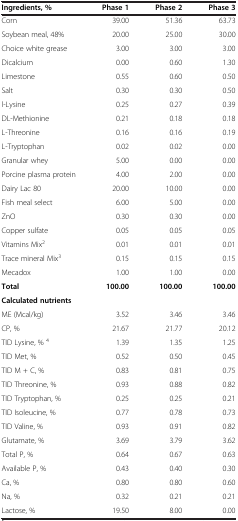
<table><thead><tr><td><b>Ingredients, %</b></td><td><b>Phase 1</b></td><td><b>Phase 2</b></td><td><b>Phase 3</b></td></tr></thead><tbody><tr><td>Corn</td><td>39.00</td><td>51.36</td><td>63.73</td></tr><tr><td>Soybean meal, 48%</td><td>20.00</td><td>25.00</td><td>30.00</td></tr><tr><td>Choice white grease</td><td>3.00</td><td>3.00</td><td>3.00</td></tr><tr><td>Dicalcium</td><td>0.00</td><td>0.60</td><td>1.30</td></tr><tr><td>Limestone</td><td>0.55</td><td>0.60</td><td>0.50</td></tr><tr><td>Salt</td><td>0.30</td><td>0.30</td><td>0.50</td></tr><tr><td>l-Lysine</td><td>0.25</td><td>0.27</td><td>0.39</td></tr><tr><td>DL-Methionine</td><td>0.21</td><td>0.18</td><td>0.18</td></tr><tr><td>L-Threonine</td><td>0.16</td><td>0.16</td><td>0.19</td></tr><tr><td>L-Tryptophan</td><td>0.02</td><td>0.02</td><td>0.00</td></tr><tr><td>Granular whey</td><td>5.00</td><td>0.00</td><td>0.00</td></tr><tr><td>Porcine plasma protein</td><td>4.00</td><td>2.00</td><td>0.00</td></tr><tr><td>Dairy Lac 80</td><td>20.00</td><td>10.00</td><td>0.00</td></tr><tr><td>Fish meal select</td><td>6.00</td><td>5.00</td><td>0.00</td></tr><tr><td>ZnO</td><td>0.30</td><td>0.30</td><td>0.00</td></tr><tr><td>Copper sulfate</td><td>0.05</td><td>0.05</td><td>0.05</td></tr><tr><td>Vitamins Mix<sup>2</sup></td><td>0.01</td><td>0.01</td><td>0.01</td></tr><tr><td>Trace mineral Mix<sup>3</sup></td><td>0.15</td><td>0.15</td><td>0.15</td></tr><tr><td>Mecadox</td><td>1.00</td><td>1.00</td><td>0.00</td></tr><tr><td><b>Total</b></td><td><b>100.00</b></td><td><b>100.00</b></td><td><b>100.00</b></td></tr><tr><td><b>Calculated nutrients</b></td><td>[EMPTY_CELL]</td><td>[EMPTY_CELL]</td><td>[EMPTY_CELL]</td></tr><tr><td>ME (Mcal/kg)</td><td>3.52</td><td>3.46</td><td>3.46</td></tr><tr><td>CP, %</td><td>21.67</td><td>21.77</td><td>20.12</td></tr><tr><td>TID Lysine, % <sup>4</sup></td><td>1.39</td><td>1.35</td><td>1.25</td></tr><tr><td>TID Met, %</td><td>0.52</td><td>0.50</td><td>0.45</td></tr><tr><td>TID M + C, %</td><td>0.83</td><td>0.81</td><td>0.75</td></tr><tr><td>TID Threonine, %</td><td>0.93</td><td>0.88</td><td>0.82</td></tr><tr><td>TID Tryptophan, %</td><td>0.25</td><td>0.25</td><td>0.21</td></tr><tr><td>TID Isoleucine, %</td><td>0.77</td><td>0.78</td><td>0.73</td></tr><tr><td>TID Valine, %</td><td>0.93</td><td>0.91</td><td>0.82</td></tr><tr><td>Glutamate, %</td><td>3.69</td><td>3.79</td><td>3.62</td></tr><tr><td>Total P, %</td><td>0.64</td><td>0.67</td><td>0.63</td></tr><tr><td>Available P, %</td><td>0.43</td><td>0.40</td><td>0.30</td></tr><tr><td>Ca, %</td><td>0.80</td><td>0.80</td><td>0.60</td></tr><tr><td>Na, %</td><td>0.32</td><td>0.21</td><td>0.21</td></tr><tr><td>Lactose, %</td><td>19.50</td><td>8.00</td><td>0.00</td></tr></tbody></table>